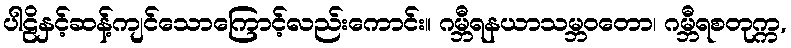
ပါဠိနှင့်ဆန့်ကျင်သောကြောင့်လည်းကောင်း။ ဂမ္ဘီရနယာသမ္ဘဝတော၊ ဂမ္ဘီရစတုက္က,